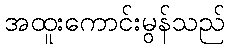
အထူးကောင်းမွန်သည်